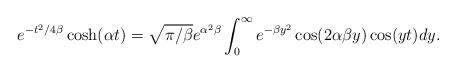
LaTeX: \begin{align*} e^{-t^2/{4\beta}}\cosh(\alpha t)=\sqrt{\pi/\beta}e^{\alpha^2\beta}\int_{0}^{\infty}e^{-\beta y^2}\cos(2\alpha\beta y)\cos(yt)dy.\end{align*}